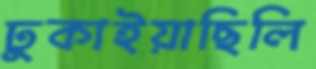
ঢুকাইয়াছিলি